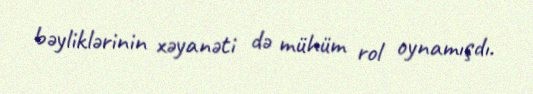
bəyliklərinin xəyanəti də mühüm rol oynamışdı.